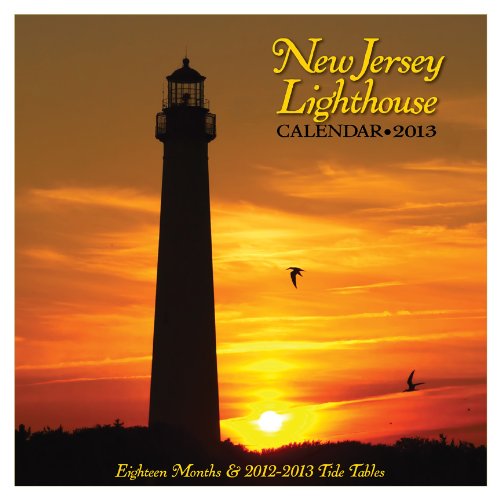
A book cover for New Jersey Lighthouse Calendar 2013; Down The Shore; Calendars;